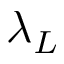
\lambda _ { L }